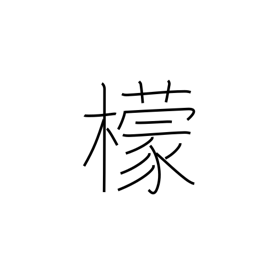
Meaning: lemon tree